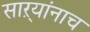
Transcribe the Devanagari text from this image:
साऱ्यांनाच